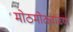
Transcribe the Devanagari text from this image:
मोठमोठ्यांच्या